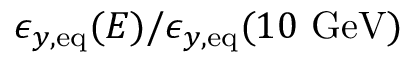
\epsilon _ { y , \mathrm { e q } } ( E ) / \epsilon _ { y , \mathrm { e q } } ( 1 0 ~ \mathrm { G e V } )